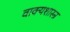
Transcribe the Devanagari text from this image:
वाक्यशास्त्र